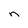
Character: n